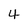
Character: 4